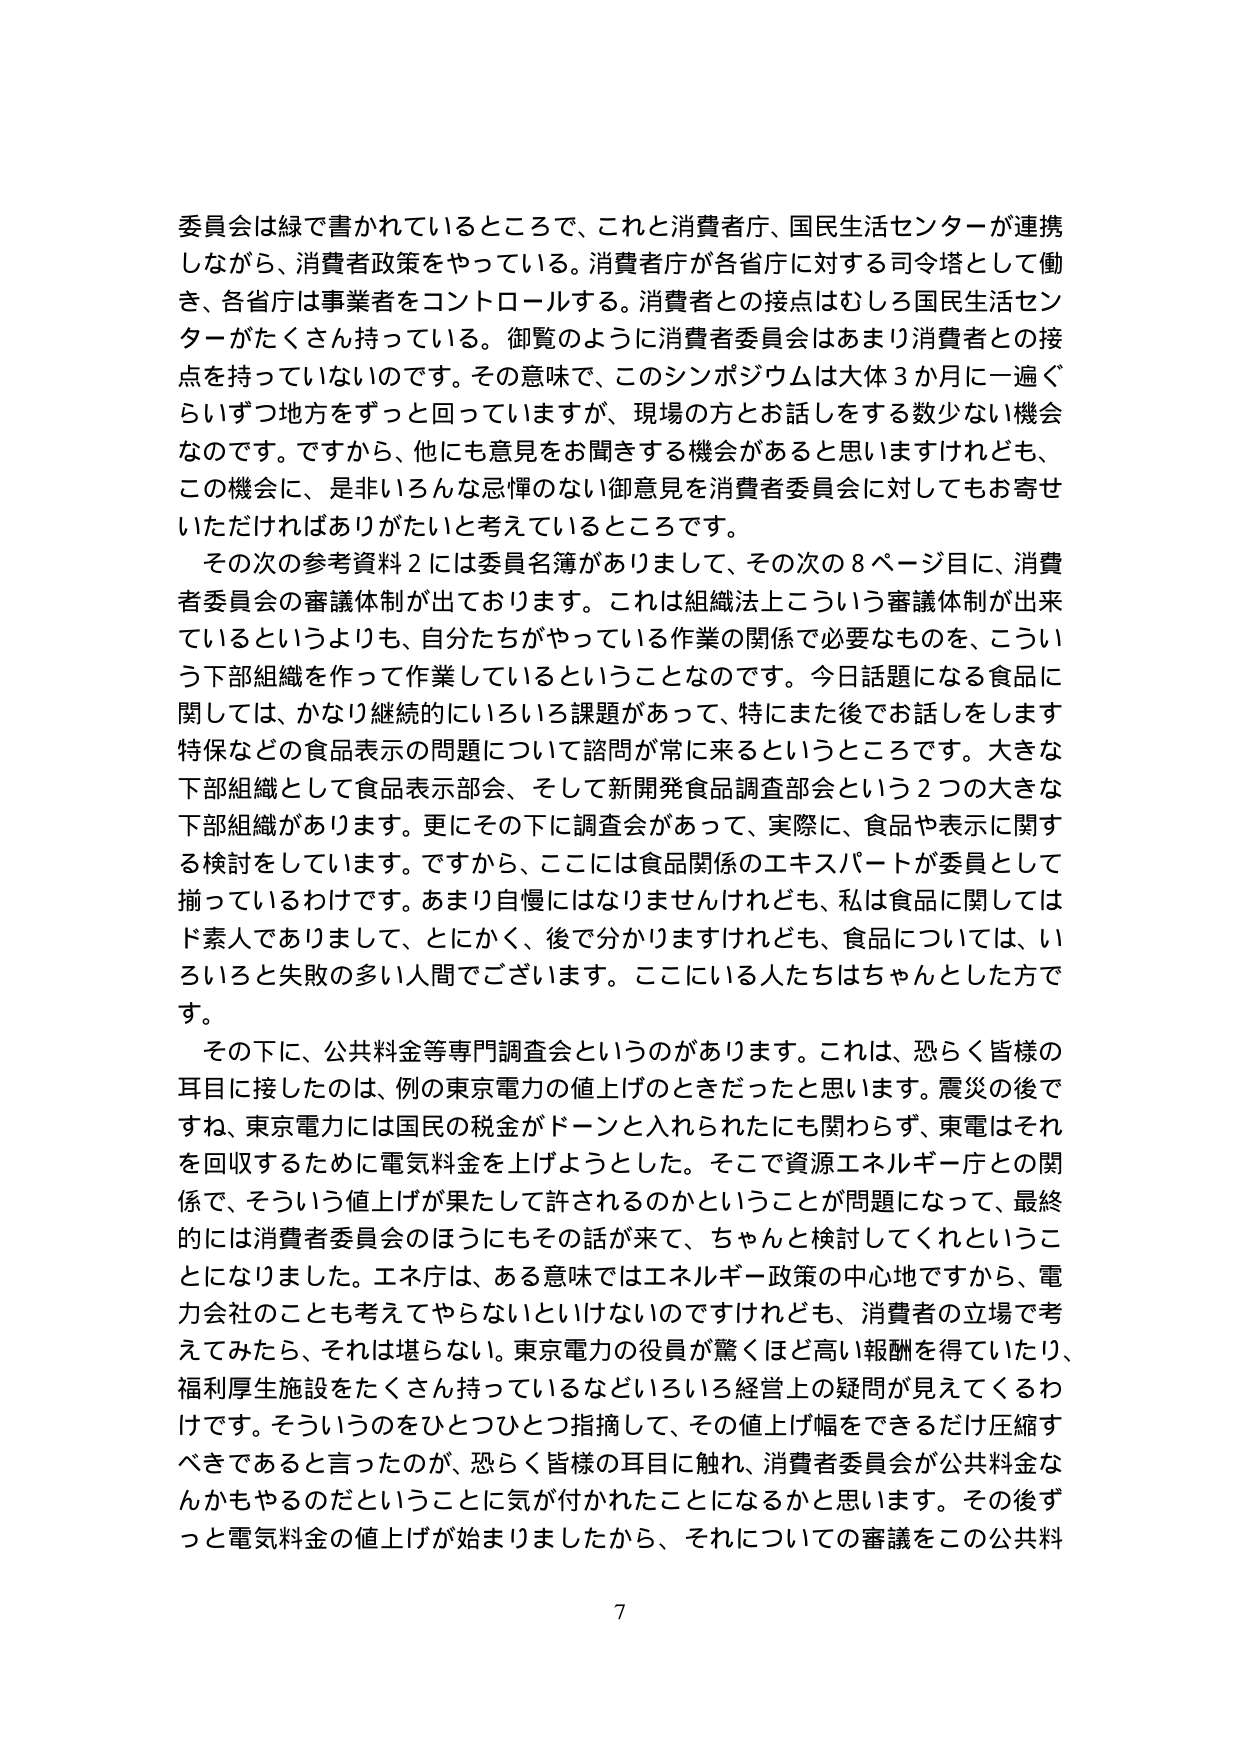
委員会は緑で書かれているところで、これと消費者庁、国民生活センターが連携しながら、消費者政策をやっている。消費者庁が各省庁に対する司令塔として働き、各省庁は事業者をコントロールする。消費者との接点はむしろ国民生活センターがたくさん持っている。御覧のように消費者委員会はあまり消費者との接点を持っていないのです。その意味で、このシンポジウムは大体３か月に一遍ぐらいずつ地方をずっと回っていますが、現場の方とお話しをする数少ない機会なのです。ですから、他にも意見をお聞きする機会があると思いますけれども、この機会に、是非いろんな忌憚のない御意見を消費者委員会に対してもお寄せいただければありがたいと考えているところです。

その次の参考資料２には委員名簿がありまして、その次の８ページ目に、消費者委員会の審議体制が出ております。これは組織法上こういう審議体制が出来ているというよりも、自分たちがやっている作業の関係で必要なものを、こういう下部組織を作って作業しているということなのです。今日話題になる食品に関しては、かなり継続的にいろいろ課題があって、特にまた後でお話しします特保などの食品表示の問題について諮問が常に来るというところです。大きな下部組織として食品表示部会、そして新開発食品調査部会という２つの大きな下部組織があります。更にその下に調査会があって、実際に、食品や表示に関する検討をしています。ですから、ここには食品関係のエキスパートが委員として揃っているわけです。あまり自慢にはなりませんけれども、私は食品に関してはド素人でありまして、とにかく、後で分かりますけれども、食品については、いろいろと失敗の多い人間でございます。ここにいる人たちはちゃんとした方です。

その下に、公共料金等専門調査会というのがあります。これは、恐らく皆様の耳目に接したのは、例の東京電力の値上げのときだったと思います。震災の後ですね、東京電力には国民の税金がドーンと入れられたにも関わらず、東電はそれを回収するために電気料金を上げようとした。そこで資源エネルギー庁との関係で、そういう値上げが果たして許されるのかということが問題になって、最終的には消費者委員会のほうにもその話が来て、ちゃんと検討してくれということになりました。エネ庁は、ある意味ではエネルギー政策の中心地ですから、電力会社のことも考えてやらないといけないのですけれども、消費者の立場で考えてみたら、それは堪らない。東京電力の役員が驚くほど高い報酬を得ていたり、福利厚生施設をたくさん持っているなどいろいろ経営上の疑問が見えてくるわけです。そういうのをひとつひとつ指摘して、その値上げ幅をできるだけ圧縮すべきであると言ったのが、恐らく皆様の耳目に触れ、消費者委員会が公共料金なんかもやるのだということに気が付かれたことになるかと思います。その後ずっと電気料金の値上げが始まりましたから、それについての審議をこの公共料

7